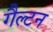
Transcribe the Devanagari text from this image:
गैल्टन